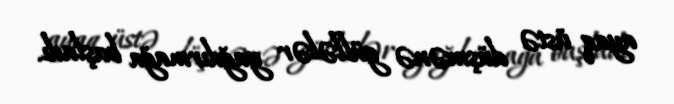
ayaq üstə düşmənə güllələr yağdırmağa başladı.